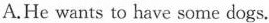
A.He wants to have some dogs.